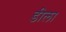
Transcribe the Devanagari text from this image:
डीला